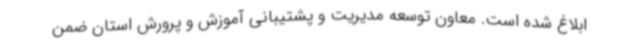
ابلاغ شده است. معاون توسعه مدیریت و پشتیبانی آموزش و پرورش استان ضمن